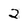
Character: 2